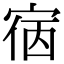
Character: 㝛